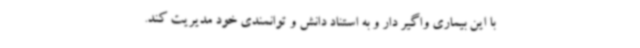
با این بیماری واگیر دار و به استناد دانش و توانمندی خود مدیریت کند.